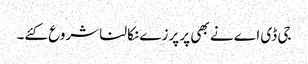
جی ڈی اے نے بھی پر پرزے نکالنا شروع کئے۔